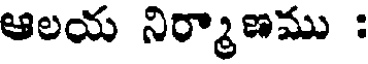
ఆలయ నిర్మాణము :